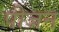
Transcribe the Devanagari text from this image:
पीजन